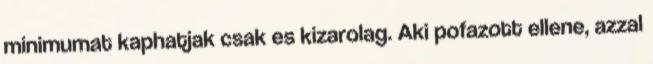
minimumat kaphatjak csak es kizarolag. Aki pofazott ellene, azzal